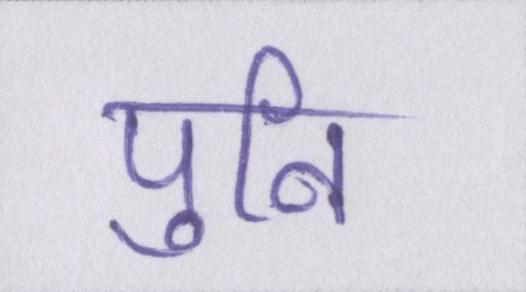
पुनि